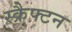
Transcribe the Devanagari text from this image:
स्क्रैफ्टन